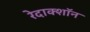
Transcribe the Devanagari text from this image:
रेदाक्शॉन